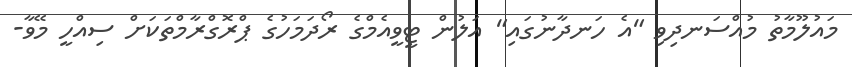
މައުލޫމާތު މުއްސަނދިވި "އެ ހަނދާނުގައި" އަލުން ޓީވީއެމްގެ ރޯދަމަހުގެ ޕްރޮގްރާމްތަކަށް ސިއްހީ މޭވާ-